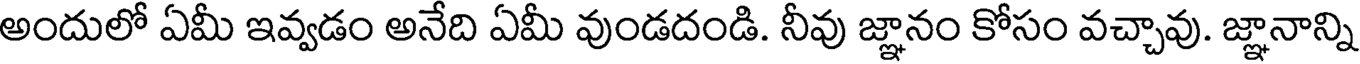
అందులో ఏమీ ఇవ్వడం అనేది ఏమీ వుండదండి. నీవు జ్ఞానం కోసం వచ్చావు. జ్ఞానాన్ని